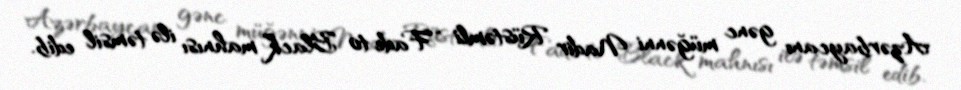
Azərbaycanı gənc müğənni Nadir Rüstəmli “Fade to Black” mahnısı ilə təmsil edib.